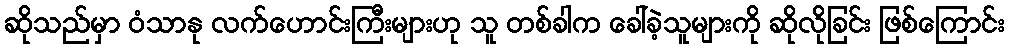
ဆိုသည်မှာ ဝံသာနု လက်ဟောင်းကြီးများဟု သူ တစ်ခါက ခေါ်ခဲ့သူများကို ဆိုလိုခြင်း ဖြစ်ကြောင်း